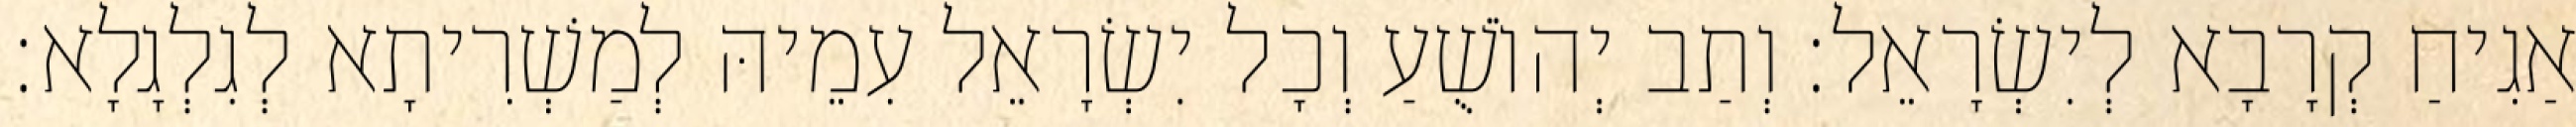
אַגִיחַ קְרָבָא לְיִשְׂרָאֵל׃ וְתַב יְהוֹשֻׁעַ וְכָל יִשְׂרָאֵל עִמֵיהּ לְמַשְׁרִיתָא לְגִלְגָלָא׃